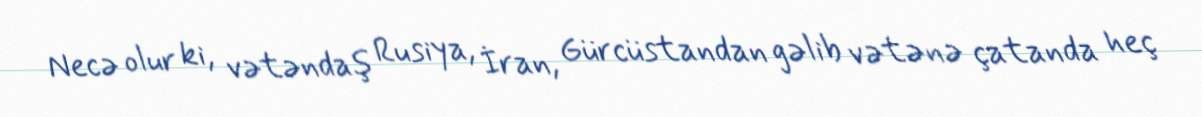
Necə olur ki, vətəndaş Rusiya, İran, Gürcüstandan gəlib vətənə çatanda heç